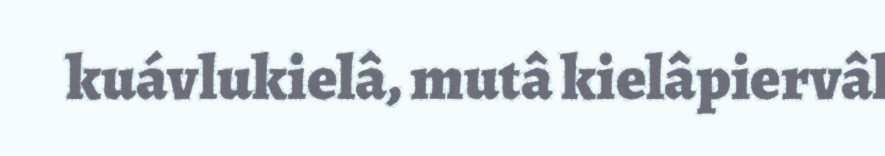
kuávlukielâ, mutâ kielâpiervâl